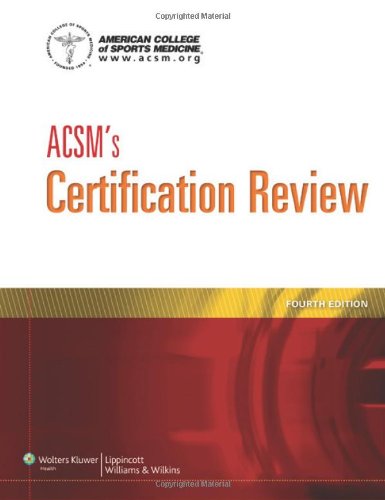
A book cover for ACSM's Certification Review; American College of Sports Medicine; Medical Books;